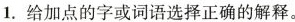
1.给加点的字或词语选择正确的解释。